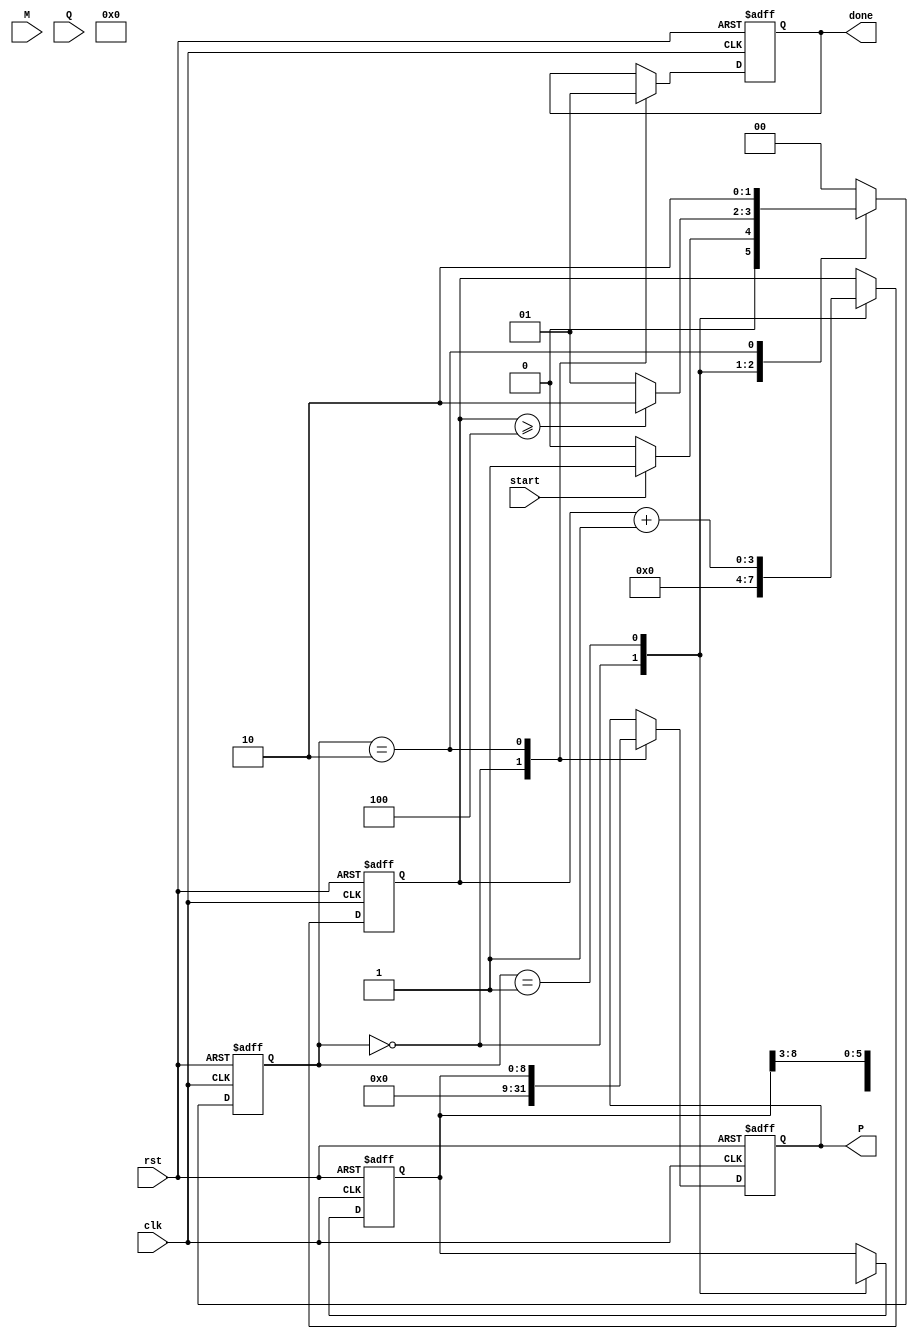
module radix4_multiplier #(parameter N = 8) (
    input wire [N-1:0] M,        // Multiplicand
    input wire [N-1:0] Q,        // Multiplier
    input wire start,             // Start signal
    input wire clk,               // Clock signal
    input wire rst,               // Reset signal
    output reg [(2*N)-1:0] P,     // Product output
    output reg done               // Done signal
);

    reg [N-1:0] Q_reg;            // Register for multiplier
    reg [N-1:0] M_reg;            // Register for multiplicand
    reg [N:0] A;                  // Accumulator
    reg [2*N-1:0] product;        // Final product
    reg [3:0] count;              // Count cycles
    reg [1:0] current_state;      // State for control
    reg [1:0] next_state;         // Next state

    localparam IDLE = 2'b00;
    localparam PROCESS = 2'b01;
    localparam DONE = 2'b10;

    // State transition
    always @(posedge clk or posedge rst) begin
        if (rst) begin
            current_state <= IDLE;
        end else begin
            current_state <= next_state;
        end
    end

    // Next state logic
    always @(*) begin
        case (current_state)
            IDLE: begin
                if (start) next_state = PROCESS;
                else next_state = IDLE;
            end
            PROCESS: begin
                if (count >= N/2) next_state = DONE;
                else next_state = PROCESS;
            end
            DONE: begin
                next_state = DONE; // Remain in DONE state
            end
            default: next_state = IDLE;
        endcase
    end

    // Control logic
    always @(posedge clk or posedge rst) begin
        if (rst) begin
            P <= 0;
            A <= 0;
            count <= 0;
            done <= 0;
            Q_reg <= 0;
            M_reg <= 0;
        end else begin
            case (current_state)
                IDLE: begin
                    P <= 0;
                    A <= 0;
                    count <= 0;
                    done <= 0;
                    Q_reg <= Q;
                    M_reg <= M;
                end
                PROCESS: begin
                    // Booth's algorithm logic
                    case ({Q_reg[1:0], A[0]}) // QiQi-1 and Qi-1
                        3'b000: begin
                            // No action
                        end
                        3'b001: begin
                            A <= A + M_reg; // A = A + M (QiQi-1 = 01)
                        end
                        3'b010: begin
                            A <= A + M_reg; // A = A + M (QiQi-1 = 10)
                        end
                        3'b011: begin
                            // No action
                        end
                        3'b100: begin
                            A <= A - M_reg; // A = A - M (QiQi-1 = 10)
                        end
                        3'b101: begin
                            A <= A - M_reg; // A = A - M (QiQi-1 = 01)
                        end
                        3'b110: begin
                            // No action
                        end
                        3'b111: begin
                            // No action
                        end
                    endcase

                    // Shift A and Q
                    {A, Q_reg} <= {A[2*N-1:1], Q_reg[N-1:2]}; // Shift left
                    count <= count + 1; // Increment cycle count
                end
                DONE: begin
                    P <= A; // Assign final product
                    done <= 1; // Signal completion
                end
            endcase
        end
    end

endmodule